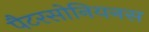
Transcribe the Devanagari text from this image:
पैटरसोनियनस